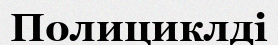
Полициклді